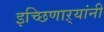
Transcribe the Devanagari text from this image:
इच्छिणाऱ्यांनी